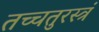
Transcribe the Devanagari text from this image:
तच्चतुरस्त्रं